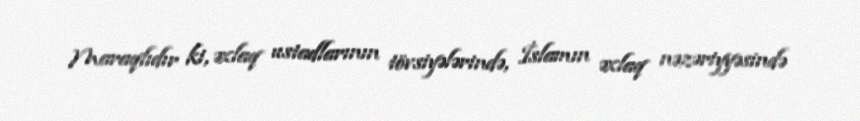
Maraqlıdır ki, əxlaq ustadlarının tövsiyələrində, İslamın əxlaq nəzəriyyəsində